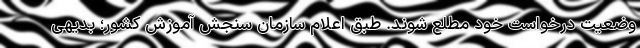
وضعیت درخواست خود مطلع شوند. طبق اعلام سازمان سنجش آموزش کشور؛ بدیهی